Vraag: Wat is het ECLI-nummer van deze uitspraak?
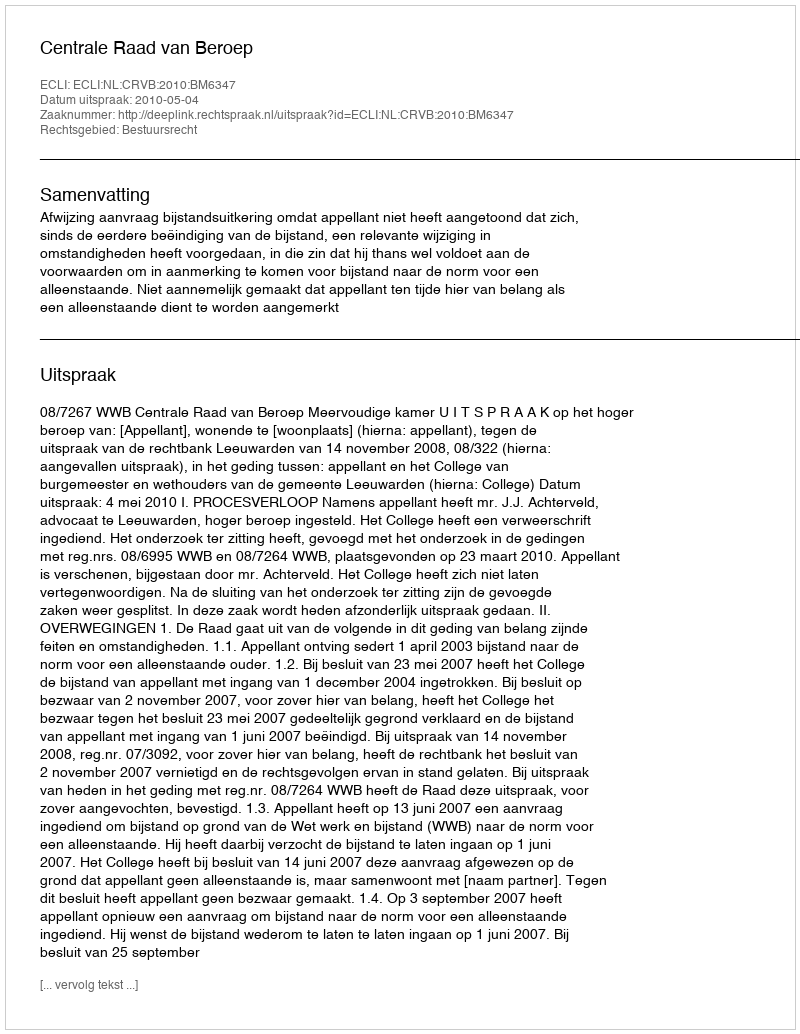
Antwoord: ECLI:NL:CRVB:2010:BM6347